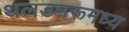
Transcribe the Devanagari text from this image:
थलडमरूमध्य